Relation of titanus [i.e. tetanus] to the hypodermic or intramuscular injection of quinine - Number 43
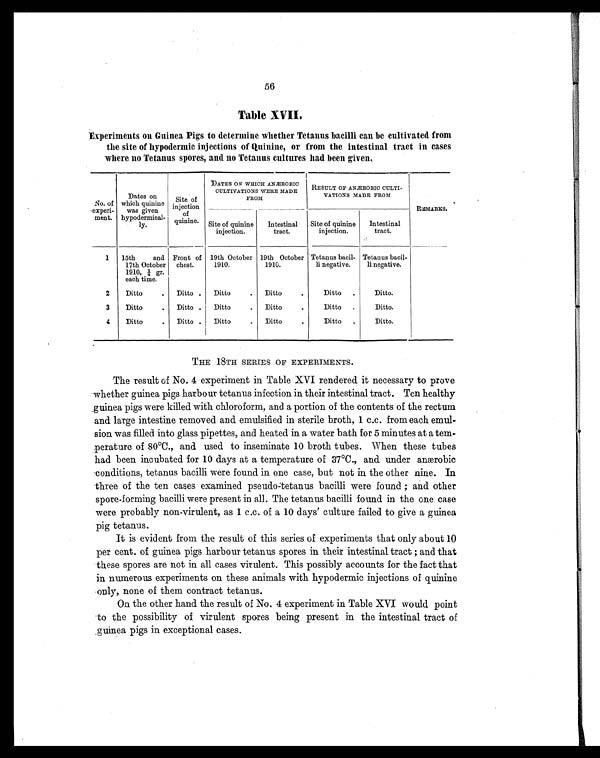
56
Table XVII.
Experiments on Guinea Pigs to determine whether Tetanus bacilli can be cultivated from
the site of hypodermic injections of Quinine, or from the intestinal tract in cases
where no Tetanus spores, and no Tetanus cultures had been given.
No. of
experi-
ment.
Dates on
which quinine
was given
hypodermical-
ly.
Site of
injection
of
quinine.
DATES ON WHICH ANÆROBIC
CULTIVATIONS WERE MADE
FROM
RESULT OF ANÆROBIC CULTI-
VATIONS MADE FROM
REMARKS.
Site of quinine
injection.
Intestinal
tract.
Site of quinine
injection.
Intestinal
tract.
1 15th and
17th October
1910, ¾ gr.
each time.
Front of
chest.
19th October
1910.
19th October
1910.
Tetanus bacil-
li negative.
Tetanus bacil-
li negative.
2
Ditto
. Ditto . Ditto
. Ditto
.
Ditto .
Ditto.
3
Ditto
. Ditto . Ditto
. Ditto
.
Ditto .
Ditto.
4
Ditto
. Ditto . Ditto
. Ditto
.
Ditto .
Ditto.
THE 18TH SERIES OF EXPERIMENTS.
The result of No. 4 experiment in Table XVI rendered it necessary to prove
whether guinea pigs harbour tetanus infection in their intestinal tract. Ten healthy
guinea pigs were killed with chloroform, and a portion of the contents of the rectum
and large intestine removed and emulsified in sterile broth, 1 c.c. from each emul-
sion was filled into glass pipettes, and heated in a water bath for 5 minutes at a tem-
perature of 80ºC., and used to inseminate 10 broth tubes. When these tubes
had been incubated for 10 days at a temperature of 37ºC., and under anærobic
conditions, tetanus bacilli were found in one case, but not in the other nine. In
three of the ten cases examined pseudo-tetanus bacilli were found ; and other
spore-forming bacilli were present in all. The tetanus bacilli found in the one case
were probably non-virulent, as 1 c.c. of a 10 days' culture failed to give a guinea
pig tetanus.
It is evident from the result of this series of experiments that only about 10
per cent. of guinea pigs harbour tetanus spores in their intestinal tract ; and that
these spores are not in all cases virulent. This possibly accounts for the fact that
in numerous experiments on these animals with hypodermic injections of quinine
only, none of them contract tetanus.
On the other hand the result of No. 4 experiment in Table XVI would point
to the possibility of virulent spores being present in the intestinal tract of
guinea pigs in exceptional cases.